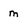
Character: m